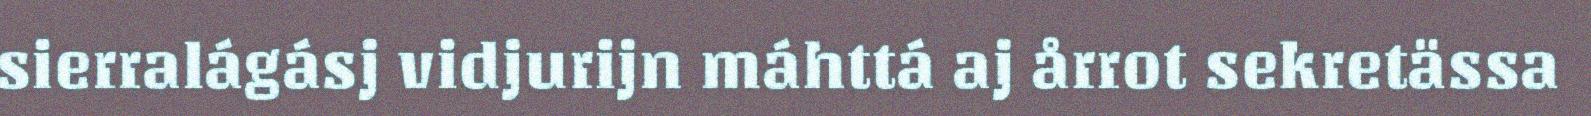
sierralágásj vidjurijn máhttá aj årrot sekretässa